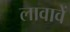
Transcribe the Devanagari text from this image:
लावावें